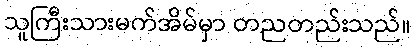
သူကြီးသားမက်အိမ်မှာ တညတည်းသည်။